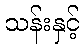
သန်းနှင့်